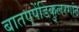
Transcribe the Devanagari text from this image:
बातएपेंडिकुलरगांठ